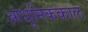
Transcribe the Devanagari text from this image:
आधुनिककाल